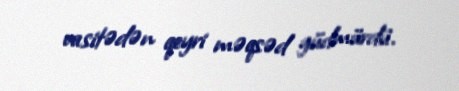
vasitədən qeyri məqsəd güdmürdü.